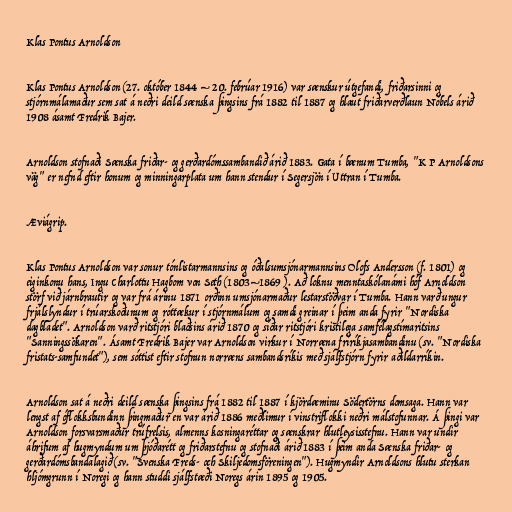
Klas Pontus Arnoldson

Klas Pontus Arnoldson (27. október 1844 – 20. febrúar 1916) var sænskur útgefandi, friðarsinni og
stjórnmálamaður sem sat á neðri deild sænska þingsins frá 1882 til 1887 og hlaut friðarverðlaun Nóbels árið
1908 ásamt Fredrik Bajer.

Arnoldson stofnaði Sænska friðar- og gerðardómssambandið árið 1883. Gata í bænum Tumba, "K P Arnoldsons
väg" er nefnd eftir honum og minningarplata um hann stendur í Segersjön í Uttran í Tumba.

Æviágrip.

Klas Pontus Arnoldson var sonur tónlistarmannsins og óðalsumsjónarmannsins Olofs Andersson (f. 1801) og
eiginkonu hans, Ingu Charlottu Hagbom von Seth (1803–1869 ). Að loknu menntaskólanámi hóf Arnoldson
störf við járnbrautir og var frá árinu 1871 orðinn umsjónarmaður lestarstöðvar í Tumba. Hann varð ungur
frjálslyndur í trúarskoðunum og róttækur í stjórnmálum og samdi greinar í þeim anda fyrir "Nordiska
dagbladet". Arnoldson varð ritstjóri blaðsins árið 1870 og síðar ritstjóri kristilega samfélagstímaritsins
"Sanningssökaren". Ásamt Fredrik Bajer var Arnoldson virkur í Norræna fríríkjasambandinu (sv. "Nordiska
fristats-samfundet"), sem sóttist eftir stofnun norræns sambandsríkis með sjálfstjórn fyrir aðildarríkin.

Arnoldson sat á neðri deild sænska þingsins frá 1882 til 1887 í kjördæminu Södertörns domsaga. Hann var
lengst af óflokksbundinn þingmaður en var árið 1886 meðlimur í vinstriflokki neðri málstofunnar. Á þingi var
Arnoldson forsvarsmaður trúfrelsis, almenns kosningaréttar og sænskrar hlutleysisstefnu. Hann var undir
áhrifum af hugmyndum um þjóðarétt og friðarstefnu og stofnaði árið 1883 í þeim anda Sænska friðar- og
gerðardómsbandalagið (sv. "Svenska Freds- och Skiljedomsföreningen"). Hugmyndir Arnoldsons hlutu sterkan
hljómgrunn í Noregi og hann studdi sjálfstæði Noregs árin 1895 og 1905.